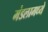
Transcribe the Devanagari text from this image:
मंडलामध्ये